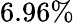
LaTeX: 6.96\%